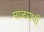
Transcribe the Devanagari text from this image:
माळायची